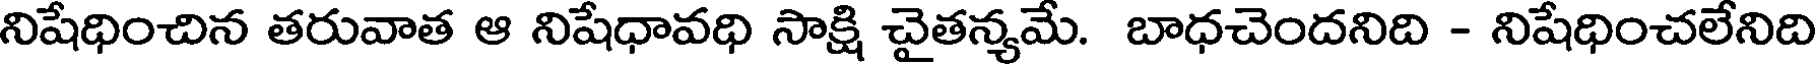
నిషేధించిన తరువాత ఆ నిషేధావధి సాక్షి చైతన్యమే. బాధచెందనిది - నిషేధించలేనిది